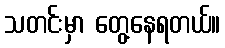
သတင်းမှာ တွေ့နေရတယ်။